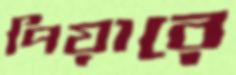
পিয়ারে